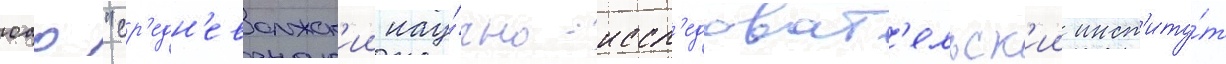
оао "ср'едн'еволжск'ии нау́чно-иссл'едоват'ельск'ии инст'иту́т